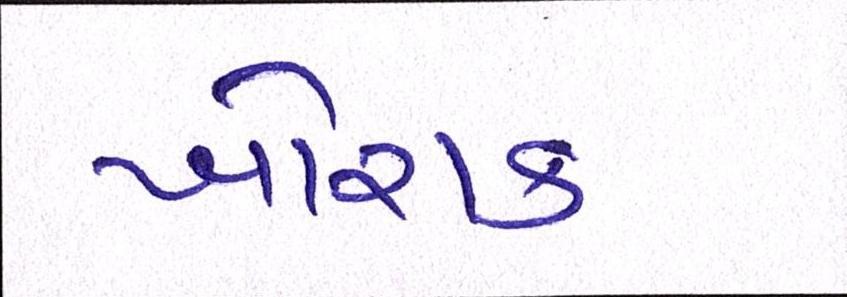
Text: ખોરાક